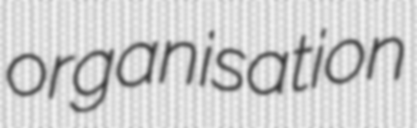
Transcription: organisation